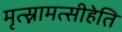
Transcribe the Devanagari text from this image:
मृत्स्नामत्सीहेति